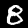
Label: 8